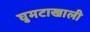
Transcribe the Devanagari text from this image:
घुमटाखाली